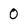
Character: 0